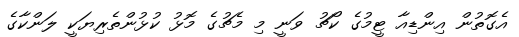
އެގޮތުން އިންޑިއާ ޓީމުގެ ކޯޗު ވަނީ މި މެޗުގެ މޮޅު ކުޅުންތެރިޔަކީ ލަންކާގެ